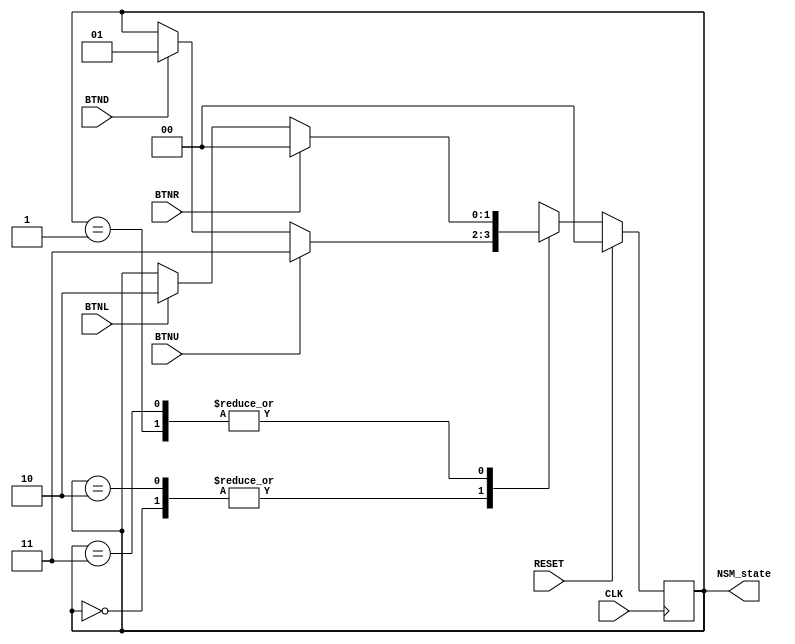
`timescale 1ns / 1ps
//////////////////////////////////////////////////////////////////////////////////
// Company: 
// Engineer: 
// 
// Design Name: 
// Module Name: NSM
// Project Name: 
// Target Devices: 
// Tool Versions: 
// Description: 
// 
// Dependencies: 
// 
// Revision:
// Revision 0.01 - File Created
// Additional Comments:
// 
//////////////////////////////////////////////////////////////////////////////////


module NSM(
    input CLK,
    input RESET,
    input BTNR,
    input BTND,
    input BTNL,
    input BTNU,
    output [1:0] NSM_state
    );
    
    reg [1:0] Curr_state = 2'b00;
    reg [1:0] Next_state = 2'b00;
    
    always @ (posedge CLK) begin
        if (RESET)
            Next_state = 2'b00;
            
        else begin
            case(Curr_state)
                // RIGHT
                2'b00: begin
                    if (BTNU)
                        Next_state <= 2'b11;
                    else if (BTND)
                        Next_state <= 2'b01;
                    else
                        Next_state <= Curr_state;
                end
                // DOWN
                2'b01: begin
                    if (BTNR)
                        Next_state <= 2'b00;
                    else if (BTNL)
                        Next_state <= 2'b10;
                    else
                        Next_state <= Curr_state;
                end
                // LEFT
                2'b10: begin
                    if (BTNU)
                        Next_state <= 2'b11;
                    else if (BTND)
                        Next_state <= 2'b01;
                    else
                        Next_state <= Curr_state;
                end
                // UP
                2'b11: begin
                    if (BTNR)
                        Next_state <= 2'b00;
                    else if (BTNL)
                        Next_state <= 2'b10;
                    else
                        Next_state <= Curr_state;
                end
            endcase
        end
        Curr_state <= Next_state;
    end
    
    assign NSM_state = Curr_state;
endmodule